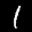
Label: 1